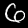
Label: 6